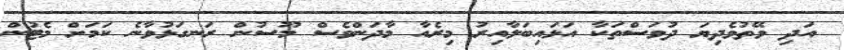
އަދި ވޭތުވެދިޔަ ދުވަސްތަކާ އަޅައިބަލާއިރު މިރެއާ މާދަންވެސް މޫސުން ރަނގަޅުވާނެ ކަމަށް މެޓުން